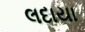
લદાયા